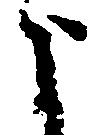
よ